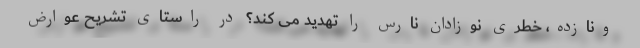
ونازده، خطری نوزادان نارس را تهدید می کند؟ در راستای تشریح عوارض